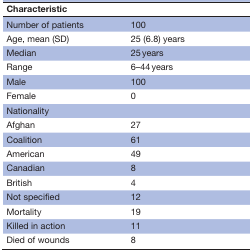
| Characteristic |  |
 | --- | --- |
 | Number of patients | 100 |
 | Age, mean (SD) | 25 (6.8) years |
 | Median | 25 years |
 | Range | 6–44 years |
 | Male | 100 |
 | Female | 0 |
 | Nationality |  |
 | Afghan | 27 |
 | Coalition | 61 |
 | American | 49 |
 | Canadian | 8 |
 | British | 4 |
 | Not specified | 12 |
 | Mortality | 19 |
 | Killed in action | 11 |
 | Died of wounds | 8 |